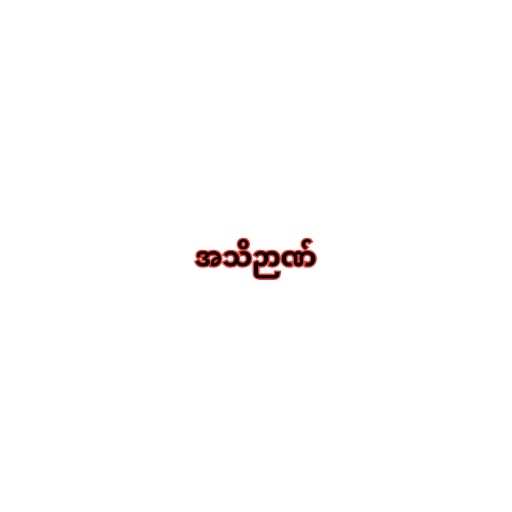
အသိဉာဏ်